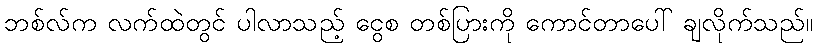
ဘစ်လ်က လက်ထဲတွင် ပါလာသည့် ငွေစ တစ်ပြားကို ကောင်တာပေါ် ချလိုက်သည်။